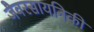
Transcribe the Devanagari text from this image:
जैवरसायनिकी